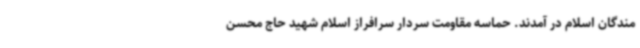
مندگان اسلام در آمدند. حماسه مقاومت سردار سرافراز اسلام شهید حاج محسن